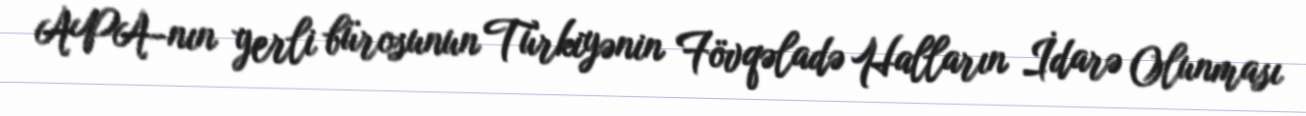
APA-nın yerli bürosunun Türkiyənin Fövqəladə Halların İdarə Olunması